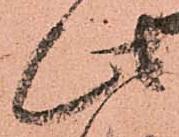
此